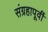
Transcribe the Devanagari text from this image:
संग्रहापूर्वी